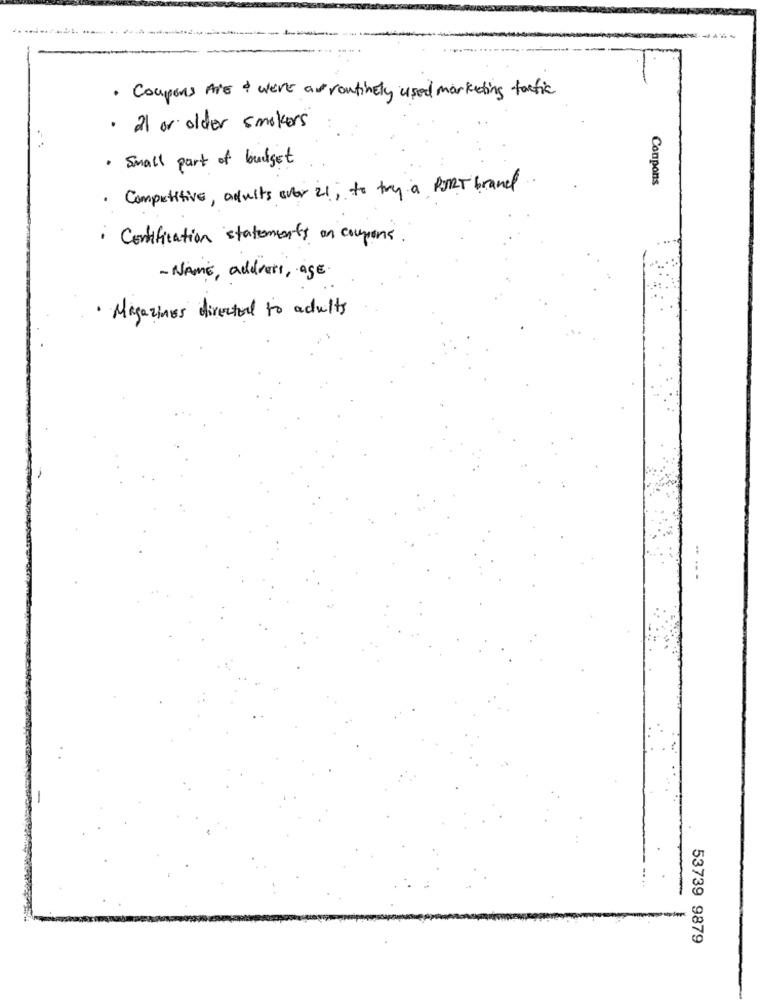
-.....
· Coupons Are & were an routinely used marketing tactic
· 21 or older smokers
· Small part of budget
Conpons
. Competitive, adults over 21 ; to try a PORT brand
· Certification statements an coupons.
- NAME , address , age.
· Magazines directed to adults
53739 9879